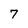
Character: 7